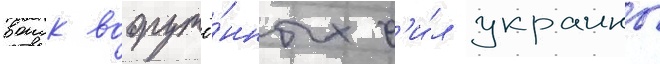
воиск вооружё́нных с'и́л украины